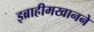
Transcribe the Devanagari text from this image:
इब्राहीमखानने